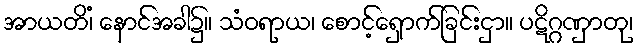
အာယတိံ၊ နောင်အခါ၌။ သံဝရာယ၊ စောင့်ရှောက်ခြင်းငှာ။ ပဋိဂ္ဂဏှာတု၊